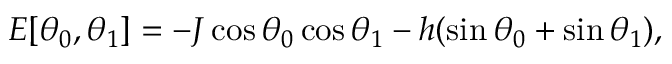
E [ \theta _ { 0 } , \theta _ { 1 } ] = - J \cos \theta _ { 0 } \cos \theta _ { 1 } - h ( \sin \theta _ { 0 } + \sin \theta _ { 1 } ) ,